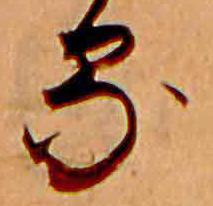
る